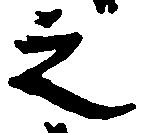
之